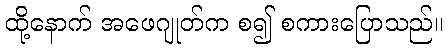
ထို့နောက် အဖေဂျုတ်က စ၍ စကားပြောသည်။